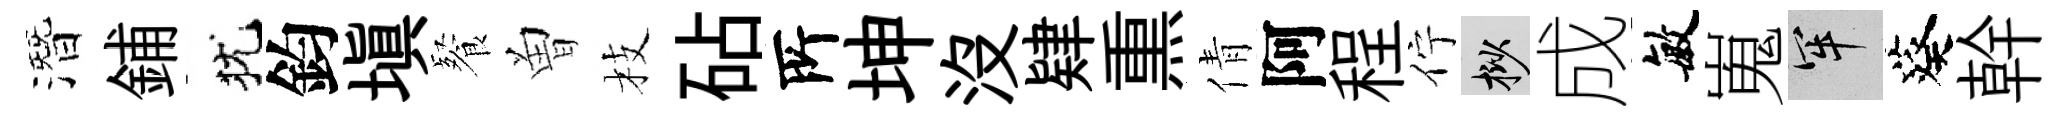
潛鋪犹鈞塡餐曽枝砧𠩄坤沒肄𤋱倩阿程佇挲成敏嵬牢葵幹